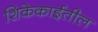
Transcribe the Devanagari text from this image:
शिकेकाईतील